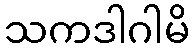
သကဒါဂါမိ